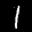
Label: 1